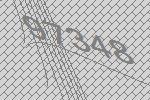
97348